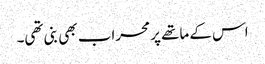
اس کے ماتھے پر محراب بھی بنی تھی۔